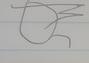
Signature authenticity: forged